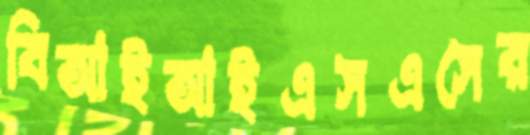
বিআইআইএসএসের